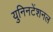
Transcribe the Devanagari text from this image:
युनिनटेंशनल